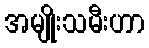
အမျိုးသမီးဟာ